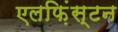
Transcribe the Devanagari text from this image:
एलफ़िंस्टन